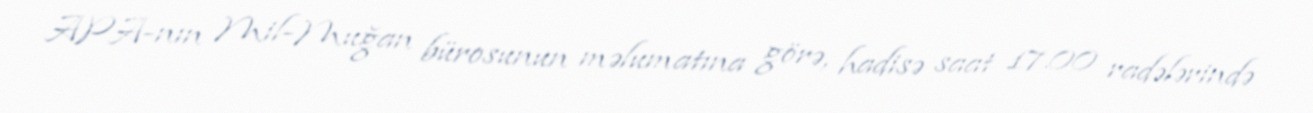
APA-nın Mil-Muğan bürosunun məlumatına görə, hadisə saat 17.00 radələrində